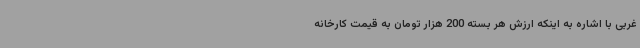
غربی با اشاره به اینکه ارزش هر بسته 200 هزار تومان به قیمت کارخانه